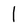
Character: I